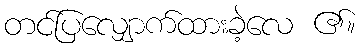
တင်ပြလျှောက်ထားခဲ့လေ ၏။